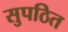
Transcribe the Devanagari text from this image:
सुपठित